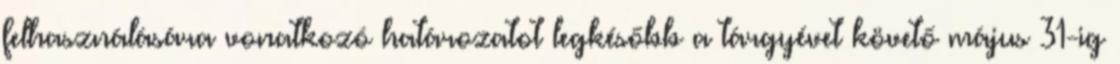
felhasználására vonatkozó határozatot legkésőbb a tárgyévet követő május 31-ig